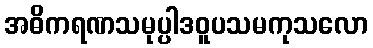
အဓိကရဏသမုပ္ပါဒဝူပသမကုသလော